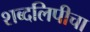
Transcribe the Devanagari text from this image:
शब्दलिपीचा